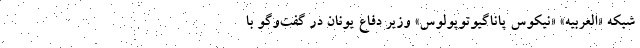
شبکه «العربیه» «نیکوس پاناگیوتوپولوس» وزیر دفاع یونان در گفت‌وگو با